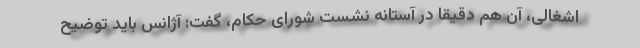
اشغالی، آن هم دقیقاً در آستانه نشست شورای حکام، گفت: آژانس باید توضیح